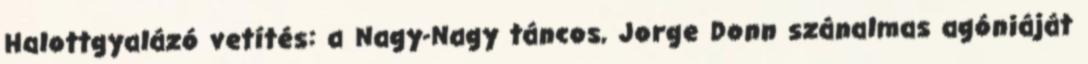
Halottgyalázó vetítés: a Nagy-Nagy táncos, Jorge Donn szánalmas agóniáját